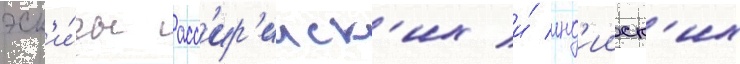
эск'и́зы асс'ир'ииск'их и́ инд'ииск'их